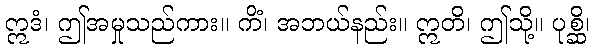
ဣဒံ၊ ဤအမှုသည်ကား။ ကိံ၊ အဘယ်နည်း။ ဣတိ၊ ဤသို့။ ပုစ္ဆိ၊